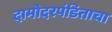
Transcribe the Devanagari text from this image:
दामोदरपंडिताचा